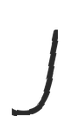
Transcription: J